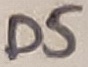
Text: D5